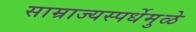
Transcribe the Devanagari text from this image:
साम्राज्यस्पर्धेमुळे